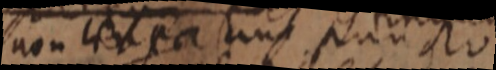
non _enp_ans puncto